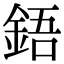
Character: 鋙